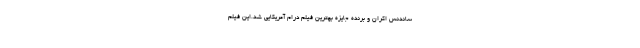
ساندنس اکران و برندهٔ جایزهٔ بهترین فیلم درام آمریکایی شد.این فیلم